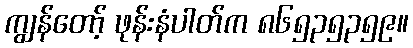
ကျွန်တော့် ဖုန်းနံပါတ်က ၈၆၅၃၅၃၅၉။